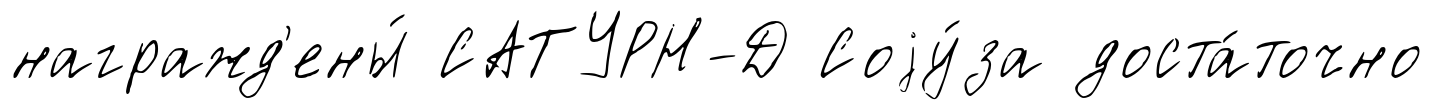
награжд'ены́ САТУРН-Д Соjу́за доста́точно